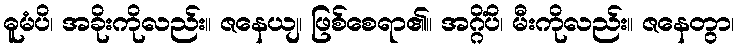
ဓူမံပိ၊ အခိုးကိုလည်း။ ဇနေယျ၊ ဖြစ်စေရာ၏။ အဂ္ဂိံပိ၊ မီးကိုလည်း။ ဇနေတွာ၊